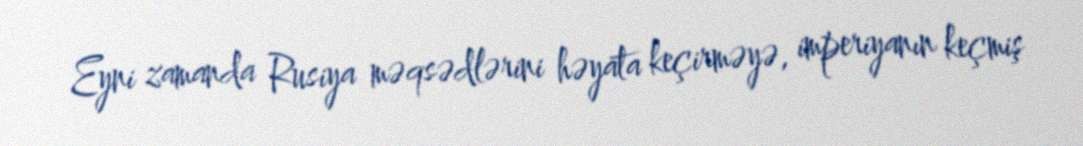
Eyni zamanda Rusiya məqsədlərini həyata keçirməyə, imperiyanın keçmiş